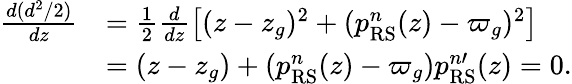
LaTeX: \begin{array}{rl}{\frac{d(d^{2}/2)}{dz}}&{=\frac{1}{2}\frac{d}{dz}\left[(z-z_{g})^{2}+(p_{\mathrm{RS}}^{n}(z)-\varpi_{g})^{2}\right]}\\ &{=(z-z_{g})+(p_{\mathrm{RS}}^{n}(z)-\varpi_{g})p_{\mathrm{RS}}^{n\prime}(z)=0.}\end{array}